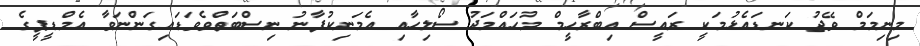
މިނިމަމް ވޭޖު ކަނޑައެޅުމަކީ ރައީސް އިބްރާހީމް މުހައްމަދު ސޯލިހާއި އެމަނިކުފާނު ނިސްބަތްވެވަޑައިގަންނަވާ އެމްޑީޕީގެ